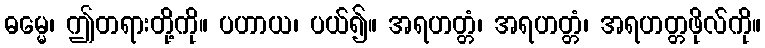
ဓမ္မေ၊ ဤတရားတို့ကို။ ပဟာယ၊ ပယ်၍။ အရဟတ္တံ၊ အရဟတ္တံ၊ အရဟတ္တဖိုလ်ကို။